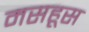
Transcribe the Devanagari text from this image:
मसहूस